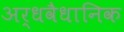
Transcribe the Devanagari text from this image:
अर्धवैधानिक